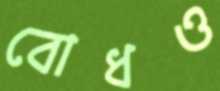
বোধও